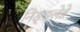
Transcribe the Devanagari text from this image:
निङ्ङलेन्ने